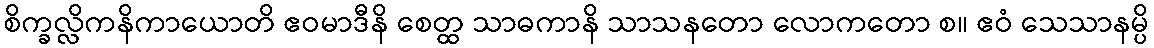
စိက္ခလ္လိကနိကာယောတိ ဧဝမာဒီနိ စေတ္ထ သာဓကာနိ သာသနတော လောကတော စ။ ဧဝံ သေသာနမ္ပိ